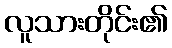
လူသားတိုင်း၏